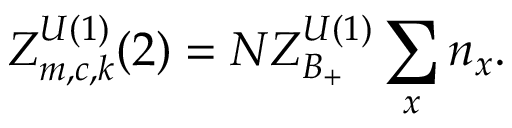
Z _ { m , c , k } ^ { U ( 1 ) } ( 2 ) = { \cal N } Z _ { B _ { + } } ^ { U ( 1 ) } \sum _ { x } n _ { x } .